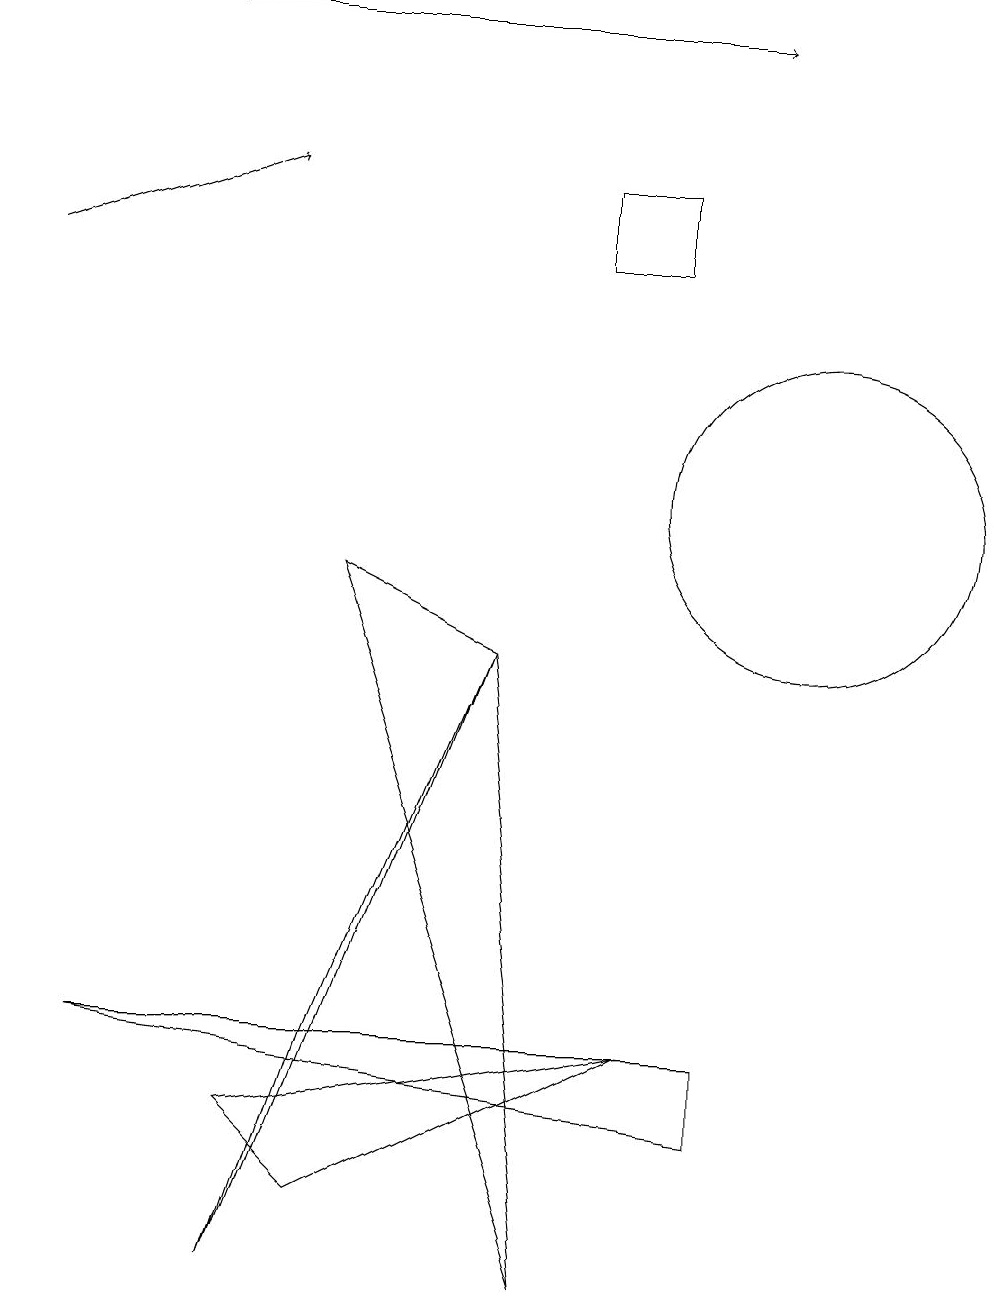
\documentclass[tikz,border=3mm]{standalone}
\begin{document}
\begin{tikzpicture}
\draw (4,9) -- (7,0) -- (6,8) -- cycle;
\draw[->] (2,16) -- (9,16);
\draw (6,8) -- (4,3) -- (3,0) -- cycle;
\draw (7,14) rectangle (8,13);
\draw (9,2) -- (9,3) -- (1,3) -- cycle;
\draw (10,10) circle (2);
\draw[->] (0,13) -- (3,14);
\draw (8,3) -- (3,2) -- (4,1) -- cycle;
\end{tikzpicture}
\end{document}